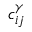
c _ { i j } ^ { \gamma }